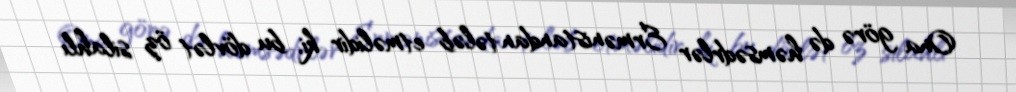
Ona görə də həmsədrlər Ermənistandan tələb etməlidir ki, bu dövlət öz silahlı